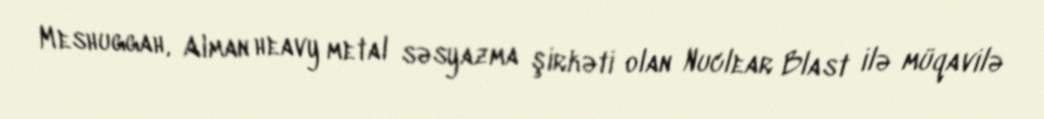
Meshuggah, Alman heavy metal səsyazma şirkəti olan Nuclear Blast ilə müqavilə